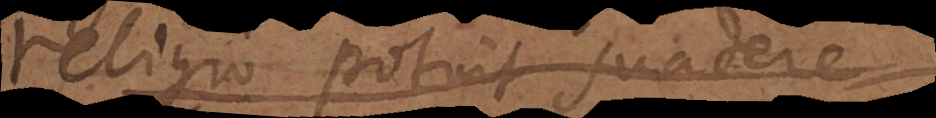
religio potuit suadere